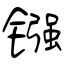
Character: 镪